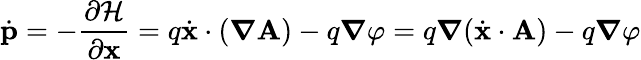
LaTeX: {\dot{\mathbf{p}}}=-{\frac{\partial{\mathcal{H}}}{\partial\mathbf{x}}}=q{\dot{\mathbf{x}}}\cdot({\boldsymbol{\nabla}}\mathbf{A})-q{\boldsymbol{\nabla}}\varphi=q{\boldsymbol{\nabla}}({\dot{\mathbf{x}}}\cdot\mathbf{A})-q{\boldsymbol{\nabla}}\varphi